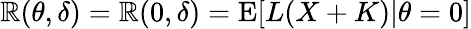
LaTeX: \mathbb{R}(\theta,\delta)=\mathbb{R}(0,\delta)=\operatorname{E}[L(X+K)|\theta=0]